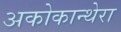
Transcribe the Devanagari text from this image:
अकोकान्थेरा